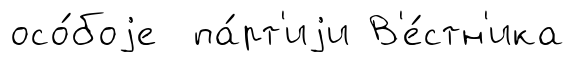
осо́боjе па́рт'иjи В'е́стн'ика